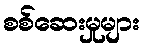
စစ်ဆေးမှုများ